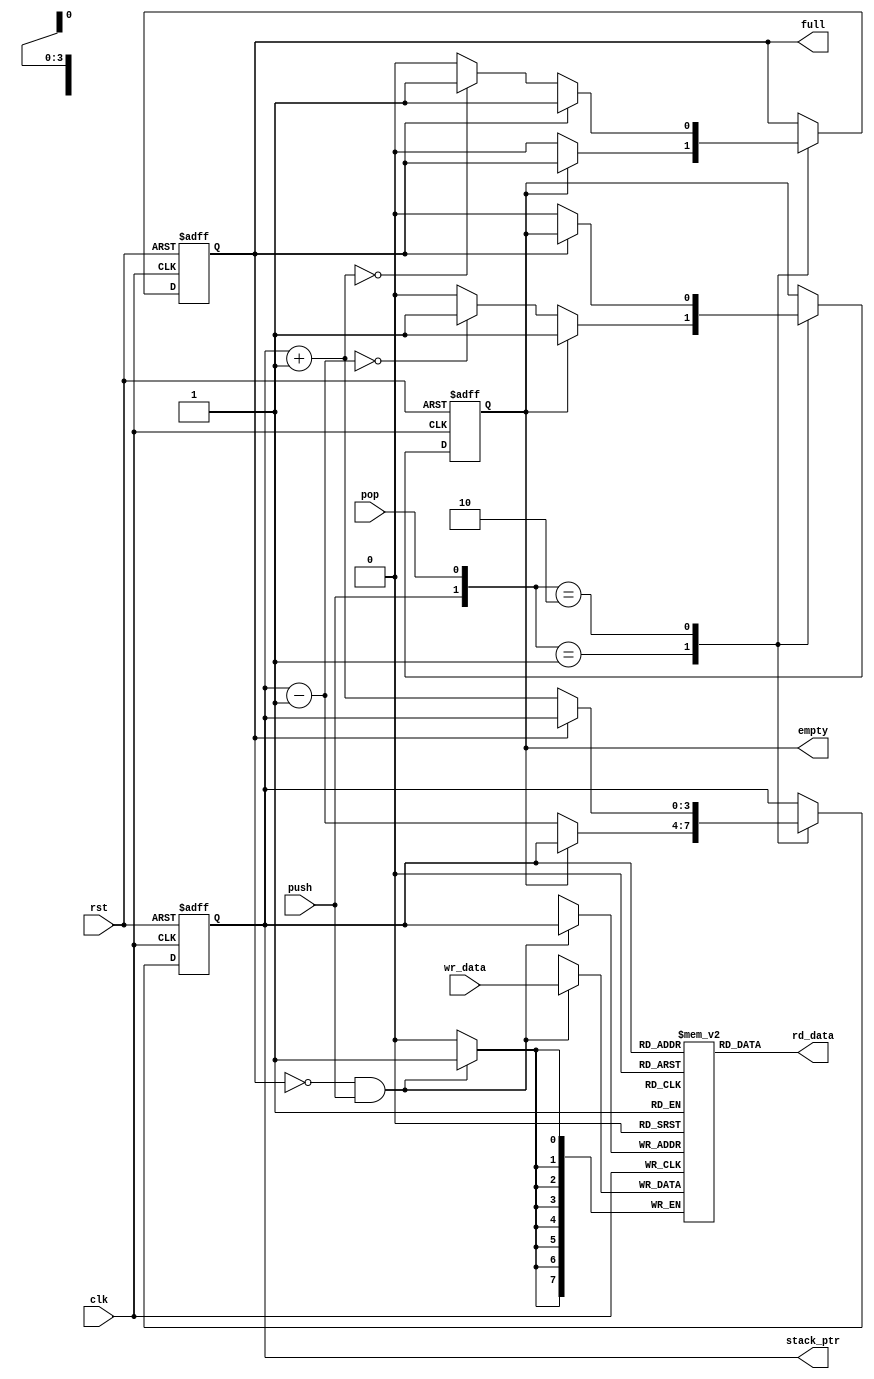
`timescale 1ns / 1ps

module Stack
	#(parameter W=4,B=8)
	(
	input clk,rst,
	input [B-1:0] wr_data,
	input push,pop, //write,read
	output reg empty,full,
	output[B-1:0] rd_data,
	output[W-1:0] stack_ptr
    );
	 
	 initial begin
	 empty=1;
	 full=0;
	 end
	 
	 reg[B-1:0] array_reg[2**W-1:0];
	 reg[W-1:0] stack_pointer=0;
	 reg empty_nxt,full_nxt;
	 reg[W-1:0] stack_pointer_nxt=0;
	 
	 //register-file operation
	 always @(posedge clk) begin
	 if(!full && push) //synchronous write
		array_reg[stack_pointer]<=wr_data;
	 end
	 assign rd_data=array_reg[stack_pointer];  //asynchronous read
	 
	 //register operations
	 always @(posedge clk,posedge rst) begin
		if(rst) begin 
			stack_pointer<=0;
			empty<=1;
			full<=0;
		end
		else begin
			stack_pointer<=stack_pointer_nxt;
			empty<=empty_nxt;
			full<=full_nxt;
		end
	 end
	 
	 //next-state logics
	 always @* begin
	 stack_pointer_nxt=stack_pointer;
	 full_nxt=full;
	 empty_nxt=empty;
		 case({push,pop})
			//2'b00: do nothing
			2'b01: if(!empty) begin //read
						stack_pointer_nxt=stack_pointer-1;
						full_nxt=0;
						empty_nxt=(stack_pointer_nxt==0)?1:0;
					 end
			2'b10: if(!full) begin//write
						stack_pointer_nxt=stack_pointer+1;
						empty_nxt=0;
						full_nxt=(stack_pointer_nxt==0)?1:0;
					 end
			//2'b11: after writing,read it immediately, THUS STACK_POINTER WILL NOT MOVE		 
			
		 endcase
	 end
	 assign stack_ptr=stack_pointer;

	 


endmodule